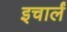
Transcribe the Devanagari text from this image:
इचार्लं